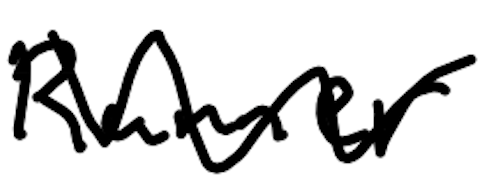
Text: Runner
Cross-out: zig-zag
Writing tool: digital_black